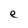
Character: e